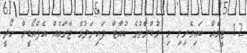
12 ޓީމެއް ބައިވެރިވި މި މުބާރާތުގެ ކުއާޓާ ފައިނަލުގެ ޖާގައެއް އެފްއޯޑީން ހޯދީ